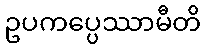
ဥပကပ္ပေဿာမီတိ